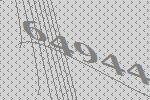
64944